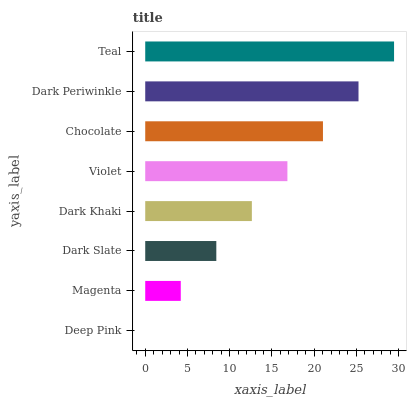
| yaxis_label | bars |
 | --- | --- |
 | Deep Pink | 0 |
 | Magenta | 4.21 |
 | Dark Slate | 8.42 |
 | Dark Khaki | 12.6 |
 | Violet | 16.8 |
 | Chocolate | 21 |
 | Dark Periwinkle | 25.3 |
 | Teal | 29.5 |